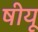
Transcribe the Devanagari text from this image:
षीयू